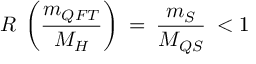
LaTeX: { \cal R } \: \left( \frac { m _ { Q F T } } { M _ { H } } \right) \: = \: \frac { m _ { S } } { M _ { Q S } } \: < 1